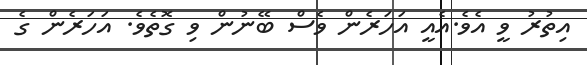
އިތުރު ވީ އެވެ.އެއީ އަހަރެން ވެސް ބޭނުން ވި ގޮތެވެ. އަހަރެން ގެ